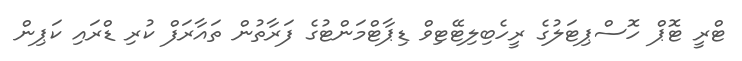
ޓްރީ ޓޮޕް ހޮސްޕިޓަލުގެ ރީހެބިލިޓޭޓިވް ޑިޕާޓްމަންޓުގެ ފަރާތުން ތައާރަފް ކުރި ޑްރައި ކަޕިން